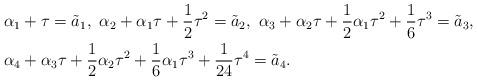
LaTeX: \begin{align*}&\alpha_1+\tau=\tilde{a}_1,\ \alpha_2+\alpha_1\tau+\frac{1}{2}\tau^2=\tilde{a}_2,\ \alpha_3+\alpha_2\tau+\frac{1}{2}\alpha_1\tau^2+\frac{1}{6}\tau^3=\tilde{a}_3,\\ &\alpha_4+\alpha_3\tau+\frac{1}{2}\alpha_2\tau^2+\frac{1}{6}\alpha_1\tau^3+\frac{1}{24}\tau^4=\tilde{a}_4.\end{align*}